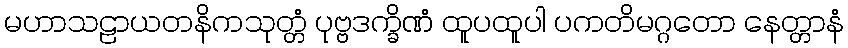
မဟာသဠာယတနိကသုတ္တံ ပုဗ္ဗဒက္ခိဏံ ထူပထူပါ ပကတိမဂ္ဂတော နေတ္တာနံ